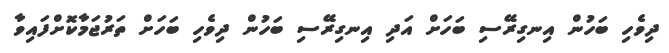
ދިވެހި ބަހުން އިނގިރޭސި ބަހަށް އަދި އިނގިރޭސި ބަހުން ދިވެހި ބަހަށް ތަރުޖަމާކޮށްފައިވާ